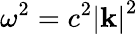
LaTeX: \omega^{2}=c^{2}\left\vert\mathbf{k}\right\vert^{2}